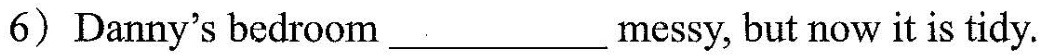
6) Danny's bedroom ___ messy, but now it is tidy.